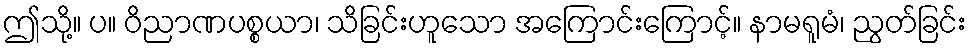
ဤသို့။ ပ။ ဝိညာဏပစ္စယာ၊ သိခြင်းဟူသော အကြောင်းကြောင့်။ နာမရူမံ၊ ညွတ်ခြင်း